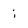
Character: i